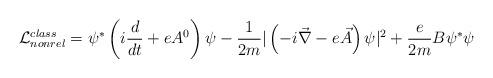
LaTeX: \begin{align*} {\cal{L}}_{nonrel}^{class}=\psi^* \left(i\frac{d}{dt}+eA^0\right)\psi-\frac{1}{2m}|\left(-i\vec{\nabla}-e\vec{A}\right)\psi|^2 +\frac{e}{2m} B \psi^*\psi\end{align*}